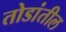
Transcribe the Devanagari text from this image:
तोडांतील